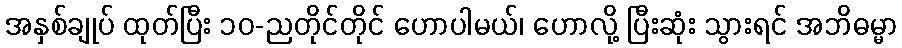
အနှစ်ချုပ် ထုတ်ပြီး ၁၀-ညတိုင်တိုင် ဟောပါမယ်၊ ဟောလို့ ပြီးဆုံး သွားရင် အဘိဓမ္မာ